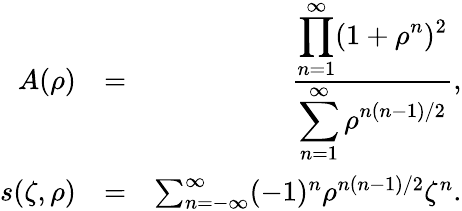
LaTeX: \begin{array}{rlr}{A(\rho)}&{=}&{\frac{\displaystyle\prod_{n=1}^{\infty}(1+\rho^{n})^{2}}{\displaystyle\sum_{n=1}^{\infty}\rho^{n(n-1)/2}},}\\ {s(\zeta,\rho)}&{=}&{\sum_{n=-\infty}^{\infty}(-1)^{n}\rho^{n(n-1)/2}\zeta^{n}.}\end{array}